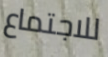
للاجتماع